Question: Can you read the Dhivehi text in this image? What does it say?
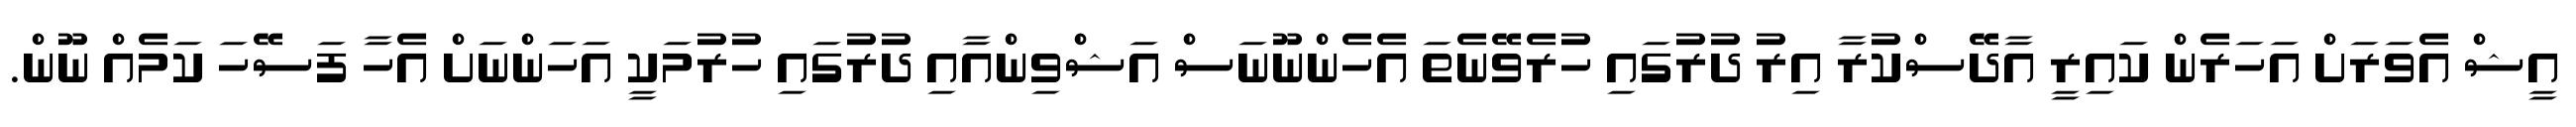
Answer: އީޝް އެވަރަށް އަހަރެން ކައިރީ އާދޭސްކުރާ އިރު ދުރުގައި ހުރެވޭނެތަ އެހެންނޫނަސް އަޝްވިންއާއި ދުރުގައި ހުރުމަކީ އަހަންނަށް އެހާ ފަސޭހަ ކަމެއް ނޫން.